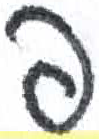
אות: פ